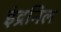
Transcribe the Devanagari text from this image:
इंद्रनिल